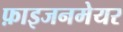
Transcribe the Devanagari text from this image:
फ़ाइजनमेयर